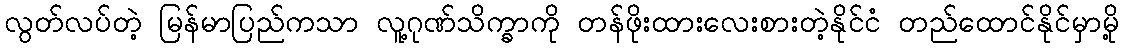
လွတ်လပ်တဲ့ မြန်မာပြည်ကသာ လူ့ဂုဏ်သိက္ခာကို တန်ဖိုးထားလေးစားတဲ့နိုင်ငံ တည်ထောင်နိုင်မှာမို့